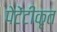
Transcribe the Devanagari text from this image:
पेटेंटीकृत